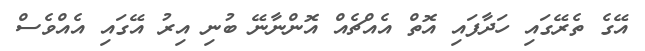
އޭގެ ތެރޭގައި ހަދާފައި އޮތް އެއްޗެއް އޮންނާނޭ ބުނި އިރު އޭގައި އެއްވެސް